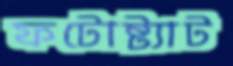
ফটোষ্ট্যাট